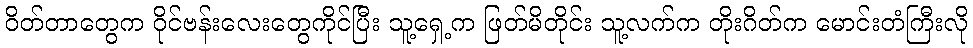
ဝိတ်တာတွေက ဝိုင်ဗန်းလေးတွေကိုင်ပြီး သူ့ရှေ့က ဖြတ်မိတိုင်း သူ့လက်က တိုးဂိတ်က မောင်းတံကြီးလို